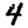
Digit: 4